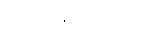
အခွင့်အရေးအား